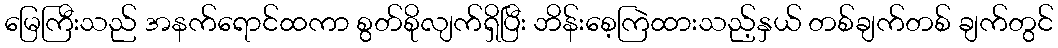
မြေကြီးသည် အနက်ရောင်ထကာ စွတ်စိုလျက်ရှိပြီး ဘိန်းစေ့ကြဲထားသည့်နှယ် တစ်ချက်တစ် ချက်တွင်